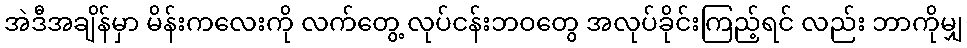
အဲဒီအချိန်မှာ မိန်းကလေးကို လက်တွေ့ လုပ်ငန်းဘဝတွေ အလုပ်ခိုင်းကြည့်ရင် လည်း ဘာကိုမျှ